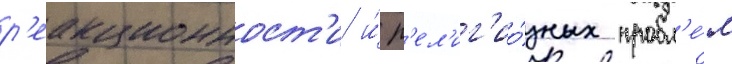
р'еакционност'и и́ р'ел'иг'ио́зных пробл'е́м